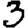
Digit: 3